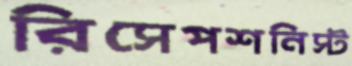
রিসেপশনিস্ট